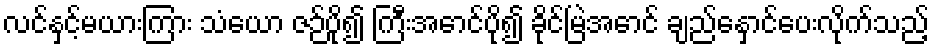
လင်နှင့်မယားကြား သံယော ဇဉ်ပို၍ ကြီးအောင်ပို၍ ခိုင်မြဲအောင် ချည်နှောင်ပေးလိုက်သည့်